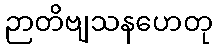
ဉာတိဗျသနဟေတု